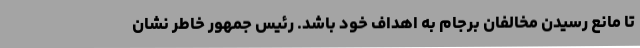
تا مانع رسیدن مخالفان برجام به اهداف خود باشد. رئیس جمهور خاطر نشان